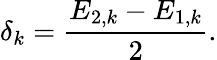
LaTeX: \delta_{k}=\frac{E_{2,k}-E_{1,k}}{2}.